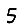
Digit: 5